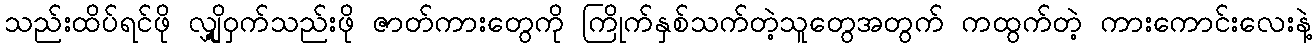
သည်းထိပ်ရင်ဖို လျှို့ဝှက်သည်းဖို ဇာတ်ကားတွေကို ကြိုက်နှစ်သက်တဲ့သူတွေအတွက် ကထွက်တဲ့ ကားကောင်းလေးနဲ့